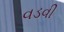
વડવી